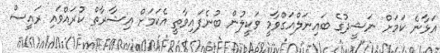
އަޅާނެ ކަމަށް ނަޝީދުގެ ބައިނަލްއަގްވާމީ ވަކީލުން ބުނެފައިވާތީ އެކަމަށް އިޝާރާތް ކުރައްވައި ރައީސް